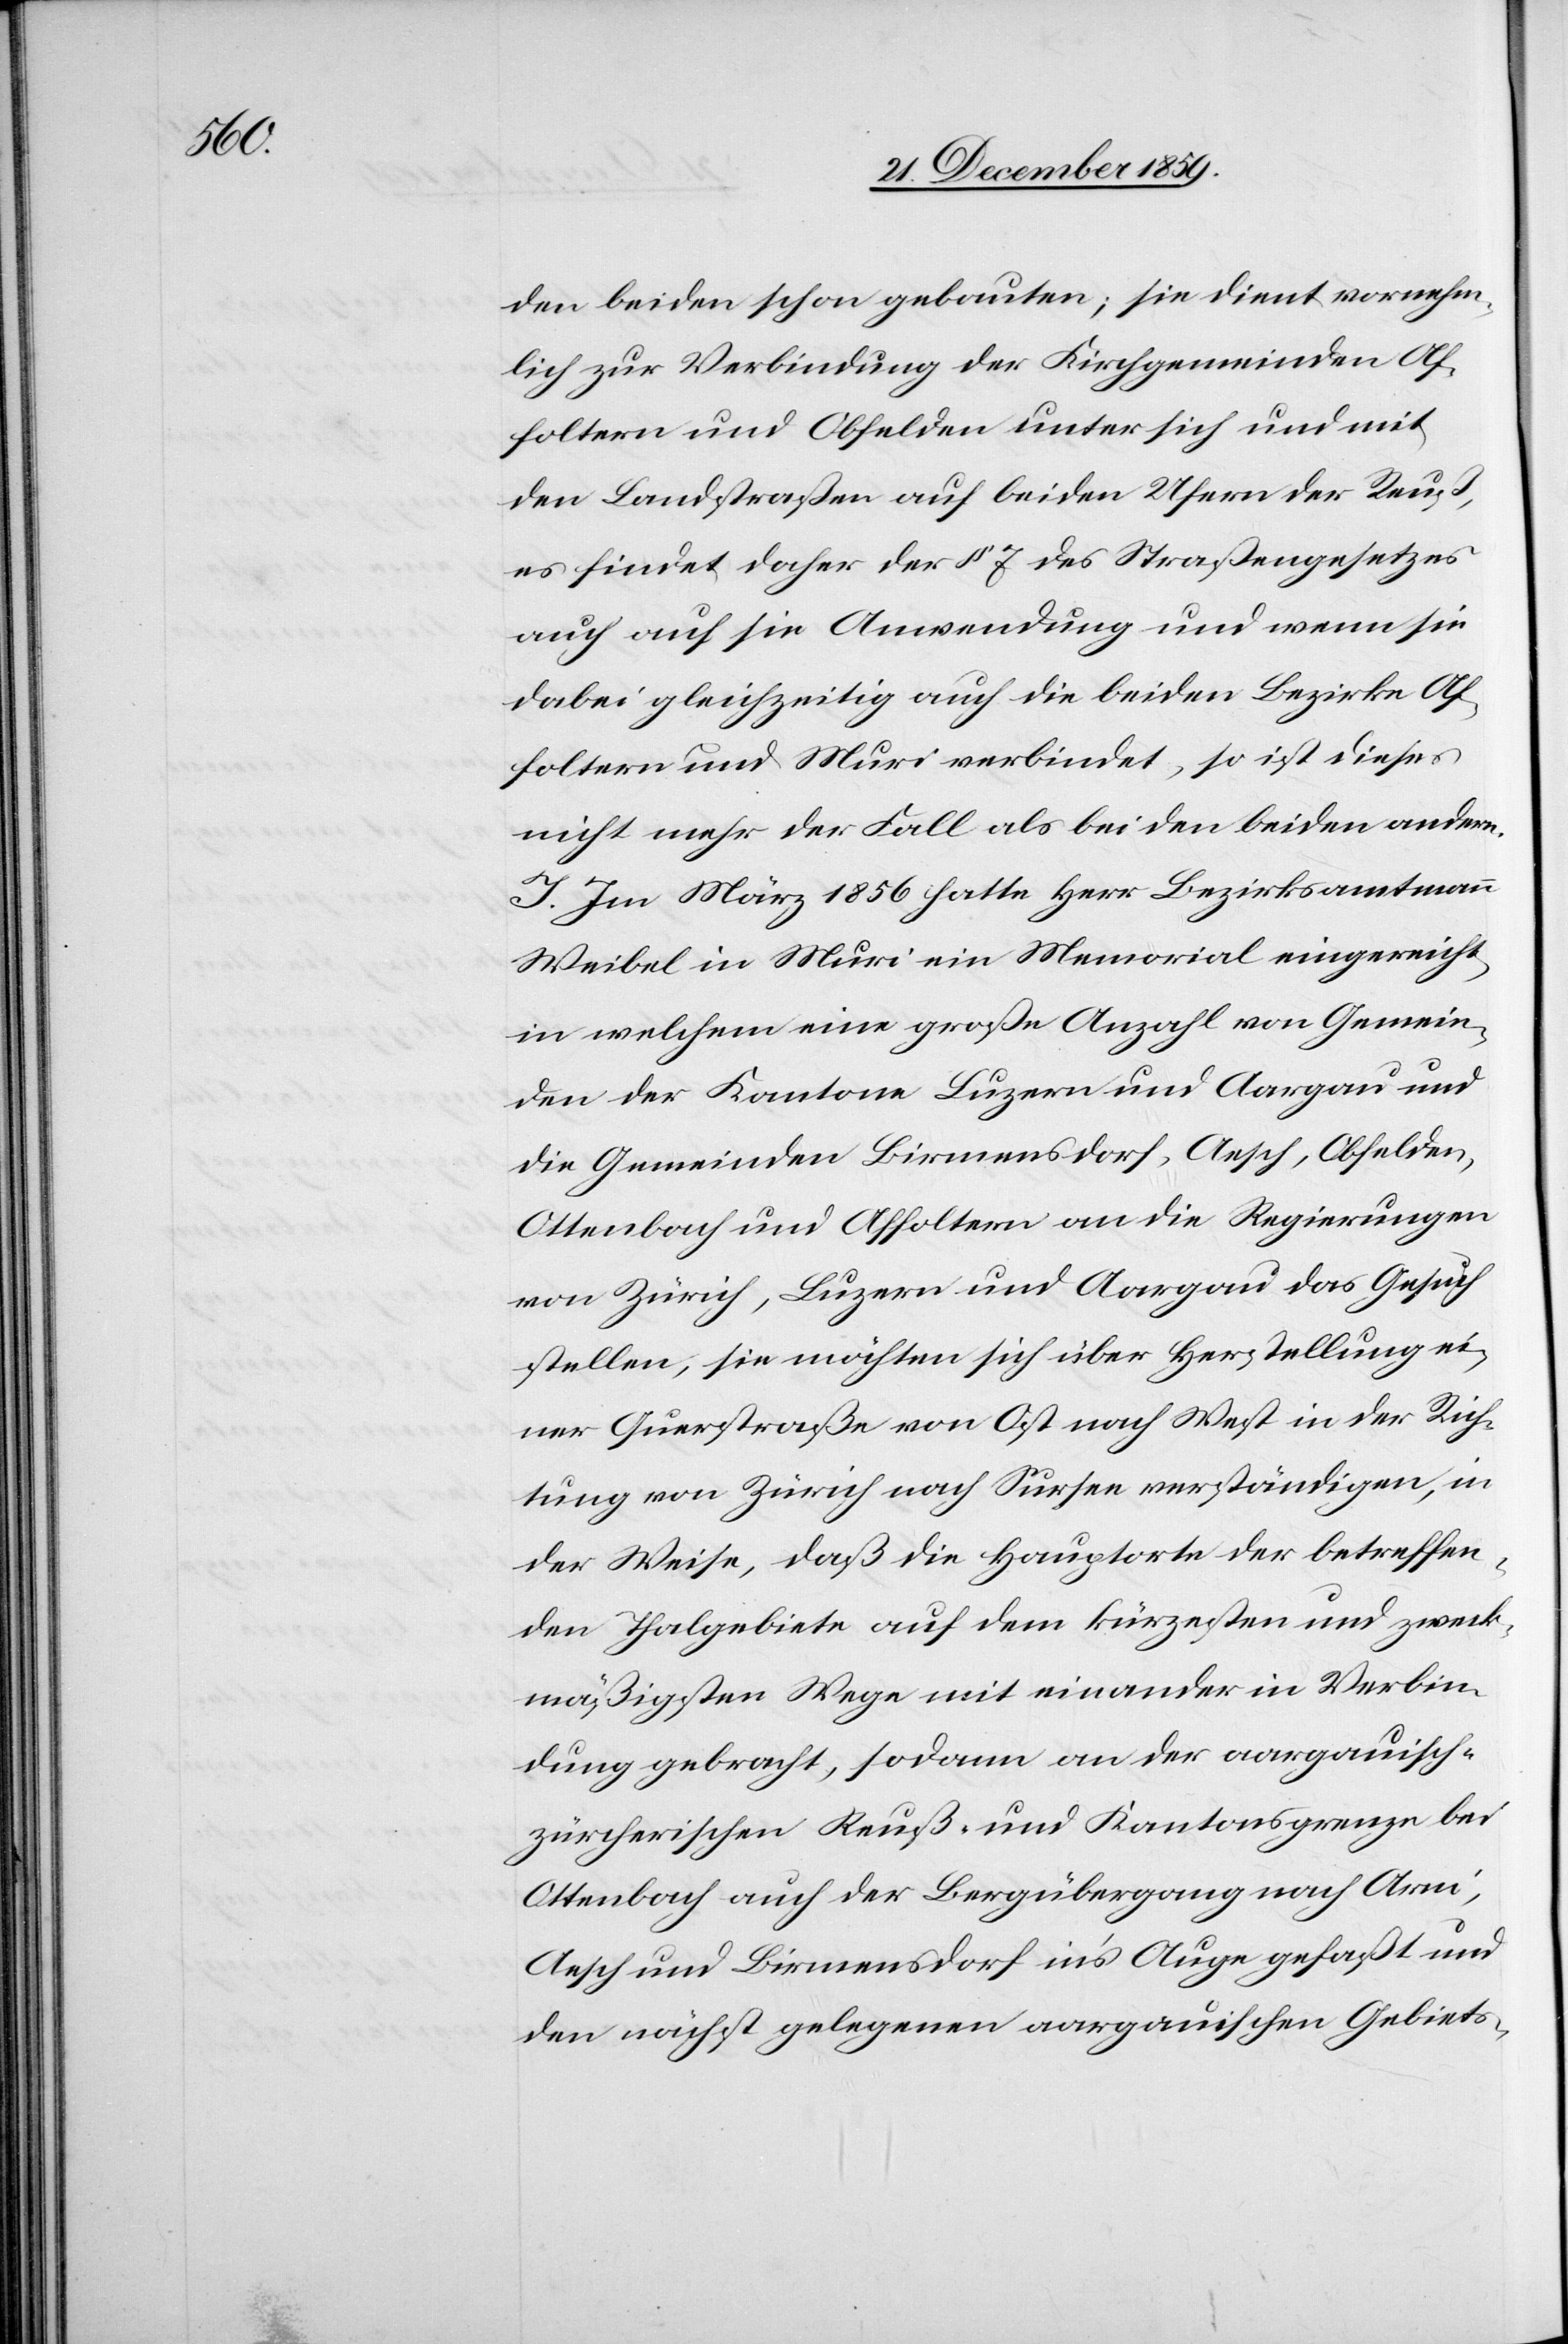
den beiden schon gebauten; sie dient vornehm¬
lich zur Verbindung der Kirchgemeinden Af¬
foltern und Obfelden unter sich und mit
den Landstraßen auf beiden Ufern der Reuß,
es findet daher der § 7 des Straßengesetzes
auch auf sie Anwendung und wenn sie
dabei gleichzeitig auch die beiden Bezirke Af¬
foltern und Muri verbindet, so ist dieses
nicht mehr der Fall als bei den beiden andern.
I. Im März 1856 hatte Herr Bezirksamtmann
Weibel in Muri ein Memorial eingereicht,
in welchem eine große Anzahl von Gemein¬
den der Kantone Luzern und Aargau und
die Gemeinden Birmensdorf, Aesch, Obfelden,
Ottenbach und Affoltern an die Regierungen
von Zürich, Luzern und Aargau das Gesuch
stellen, sie möchten sich über Herstellung ei¬
ner Querstraße von Ost nach West in der Rich¬
tung von Zürich nach Sursee verständigen, in
der Weise, daß die Hauptorte der betreffen¬
den Theilgebiete auf dem kürzesten und zweck¬
mäßigsten Wege miteinander in Verbin¬
dung gebracht, sodann an der aargauische¬
n-zürcherischen Reuß- und Kantonsgrenze bei
Ottenbach auch der Bergübergang nach Arni,
Aesch und Birmensdorf in’s Auge gefaßt und
den nächst gelegenen aargauischen Gebiets-